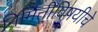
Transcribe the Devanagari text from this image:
निर्मितीविषयीचे